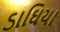
ડાઘિયા